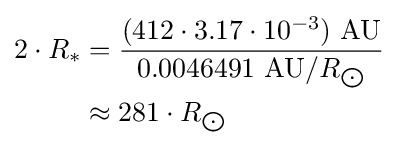
{\begin{aligned}2\cdot R_{*}&={\frac {(412\cdot 3.17\cdot 10^{-3})\ {\text{AU}}}{0.0046491\ {\text{AU}}/R_{\bigodot }}}\\&\approx 281\cdot R_{\bigodot }\end{aligned}}